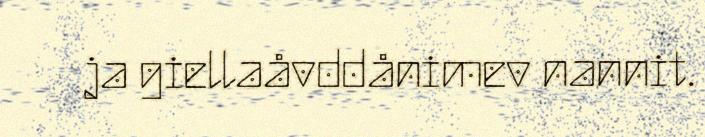
ja giellaåvddånimev nannit.